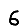
Digit: 6